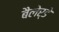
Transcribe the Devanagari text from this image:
बैलेर्डे